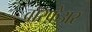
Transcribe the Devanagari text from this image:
वॉरफ़ेअर